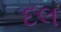
દલ